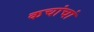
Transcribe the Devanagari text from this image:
कचांचां